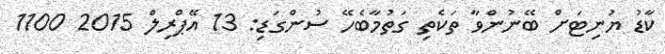
ކާޑު ޔުނިޓަށް ބޭނުންވާ ތަކެތި ގަތުމާބެހޭ ސުންގަޑި: 13 އޭޕްރިލް 2015 1100